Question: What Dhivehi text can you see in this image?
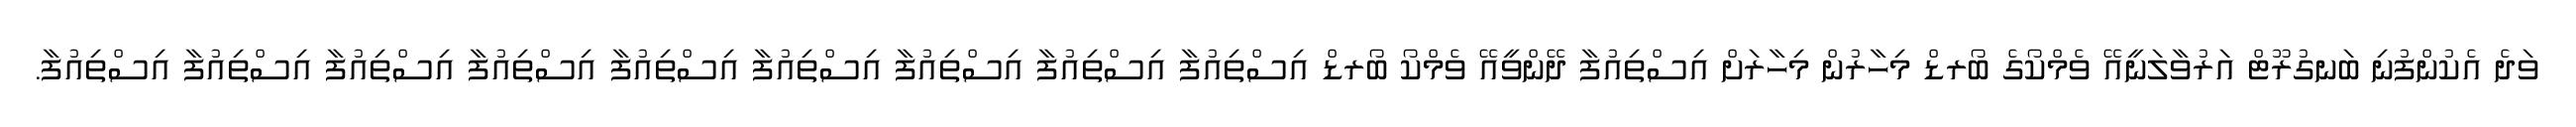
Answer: ވަދެ އެކުންފުނި ބަނގުރޫޓް އަރުވާލަނީއޭ ވެމްކޯގެ ބޯރޑް މިހާރުން މިހާރަށް އިސްތިއުފާ ދޭންވީއޭ ވެމްކޯ ބޯރޑް އިސްތިއުފާ އިސްތިއުފާ އިސްތިއުފާ އިސްތިއުފާ އިސްތިއުފާ އިސްތިއުފާ އިސްތިއުފާ އިސްތިއުފާ އިސްތިއުފާ.